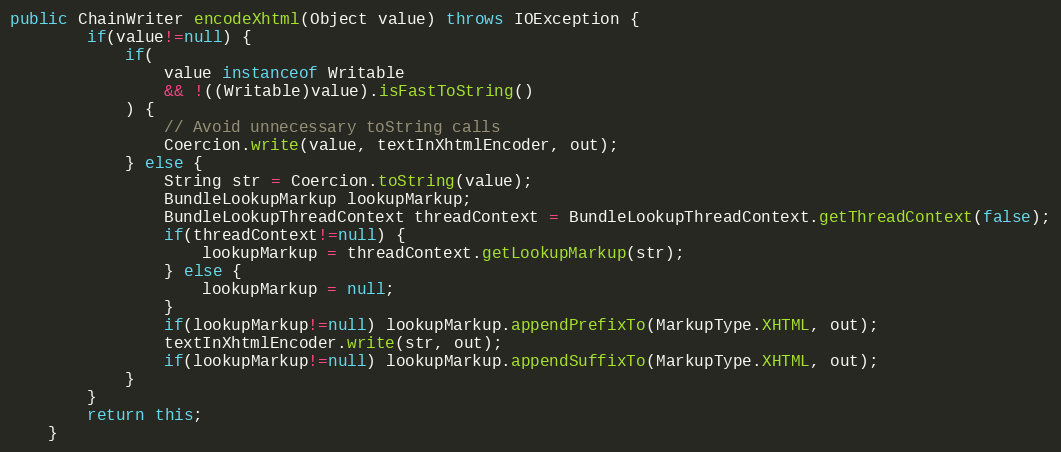
Language: Java
public ChainWriter encodeXhtml(Object value) throws IOException {
		if(value!=null) {
			if(
				value instanceof Writable
				&& !((Writable)value).isFastToString()
			) {
				// Avoid unnecessary toString calls
				Coercion.write(value, textInXhtmlEncoder, out);
			} else {
				String str = Coercion.toString(value);
				BundleLookupMarkup lookupMarkup;
				BundleLookupThreadContext threadContext = BundleLookupThreadContext.getThreadContext(false);
				if(threadContext!=null) {
					lookupMarkup = threadContext.getLookupMarkup(str);
				} else {
					lookupMarkup = null;
				}
				if(lookupMarkup!=null) lookupMarkup.appendPrefixTo(MarkupType.XHTML, out);
				textInXhtmlEncoder.write(str, out);
				if(lookupMarkup!=null) lookupMarkup.appendSuffixTo(MarkupType.XHTML, out);
			}
		}
		return this;
	}